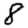
Digit: 8